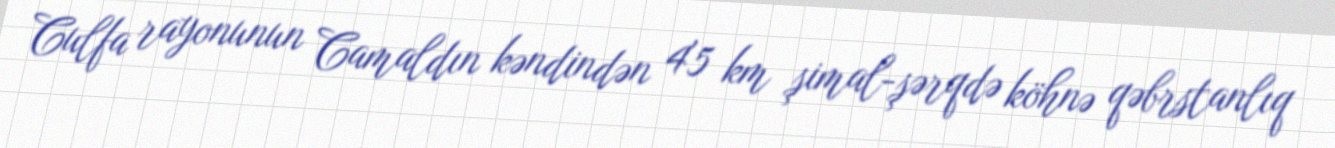
Culfa rayonunun Camaldın kəndindən 4'5 km şimal-şərqdə köhnə qəbrstanlıq